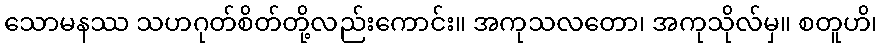
သောမနဿ သဟဂုတ်စိတ်တို့လည်းကောင်း။ အကုသလတော၊ အကုသိုလ်မှ။ စတူဟိ၊